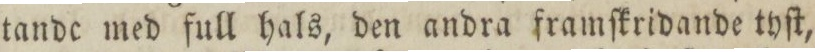
tande med full hals, den andra framſkridande tyſt,